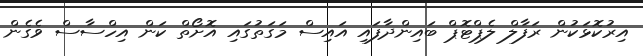
އިރުކޮޅަކުން ރަފާލް ލެޕްޓޮޕް ބައިންދާފައި އައިސް މަގަތުގައި އޮށޯތް ކަން އިހްސާސް ވެގެން